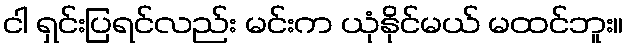
ငါ ရှင်းပြရင်လည်း မင်းက ယုံနိုင်မယ် မထင်ဘူး။